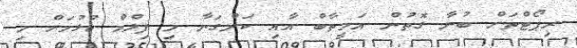
ރިޕޯޓްތަށް ބުނާ ގޮތުން އަމީތާބް އާއި ކަންގަނާ މި ފިލްމް ކުޅުމަށް މި